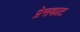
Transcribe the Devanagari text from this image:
प्रेसकाट